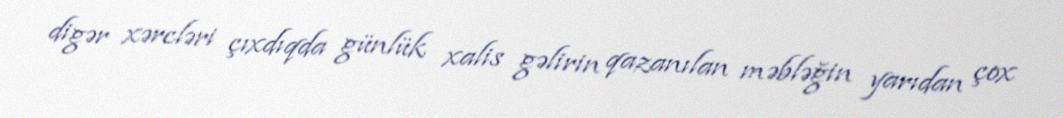
digər xərcləri çıxdıqda günlük xalis gəlirin qazanılan məbləğin yarıdan çox